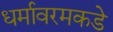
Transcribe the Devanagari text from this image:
धर्मावरमकडे